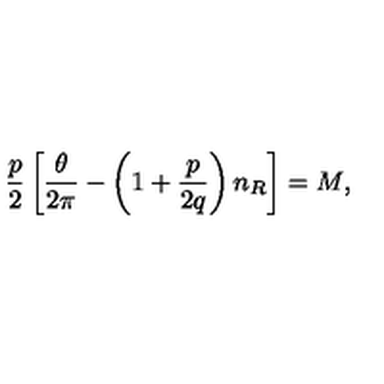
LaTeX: { \frac { p } { 2 } } \left[ { \frac { \theta } { 2 \pi } } - \left( 1 + { \frac { p } { 2 q } } \right) n _ { R } \right] = M ,